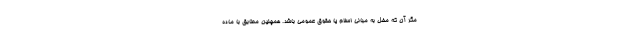
مگر آن که مخل به مبانی اسلام یا حقوق عمومی باشد. همچنین مطابق با ماده